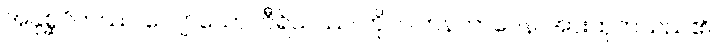
အနုစ္ဆဝိကဿ၊ လျော်သော။ ဝီရိယဿ၊ ကို။ ဝါဟနဘာဝေန၊ အားထုတ်သည်၏